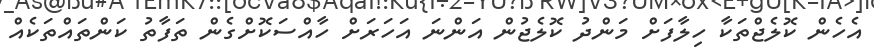
އެހެން ކޮލެޖްތަކާ ހިލާފަށް މަންދު ކޮލެޖުން އަންނަ އަހަރަށް ހާއްސަކޮށްގެން ތަފާތު ކަންތައްތަކެއް